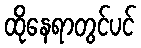
ထိုနေရာတွင်ပင်